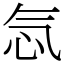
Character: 忥